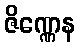
ဇိဏ္ဏေန